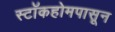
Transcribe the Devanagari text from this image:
स्टॉकहोमपासून